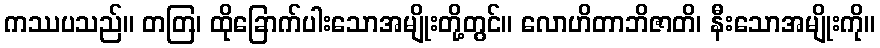
ကဿပသည်။ တတြ၊ ထိုခြောက်ပါးသောအမျိုးတို့တွင်။ လောဟိတာဘိဇာတိ၊ နီးသောအမျိုးကို။